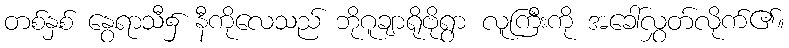
တစ်နှစ် နွေရာသီ၌ နီကိုလေသည် ဘိုဂူချာရိုဗိုရွာ လူကြီးကို အခေါ်လွှတ်လိုက်၏။